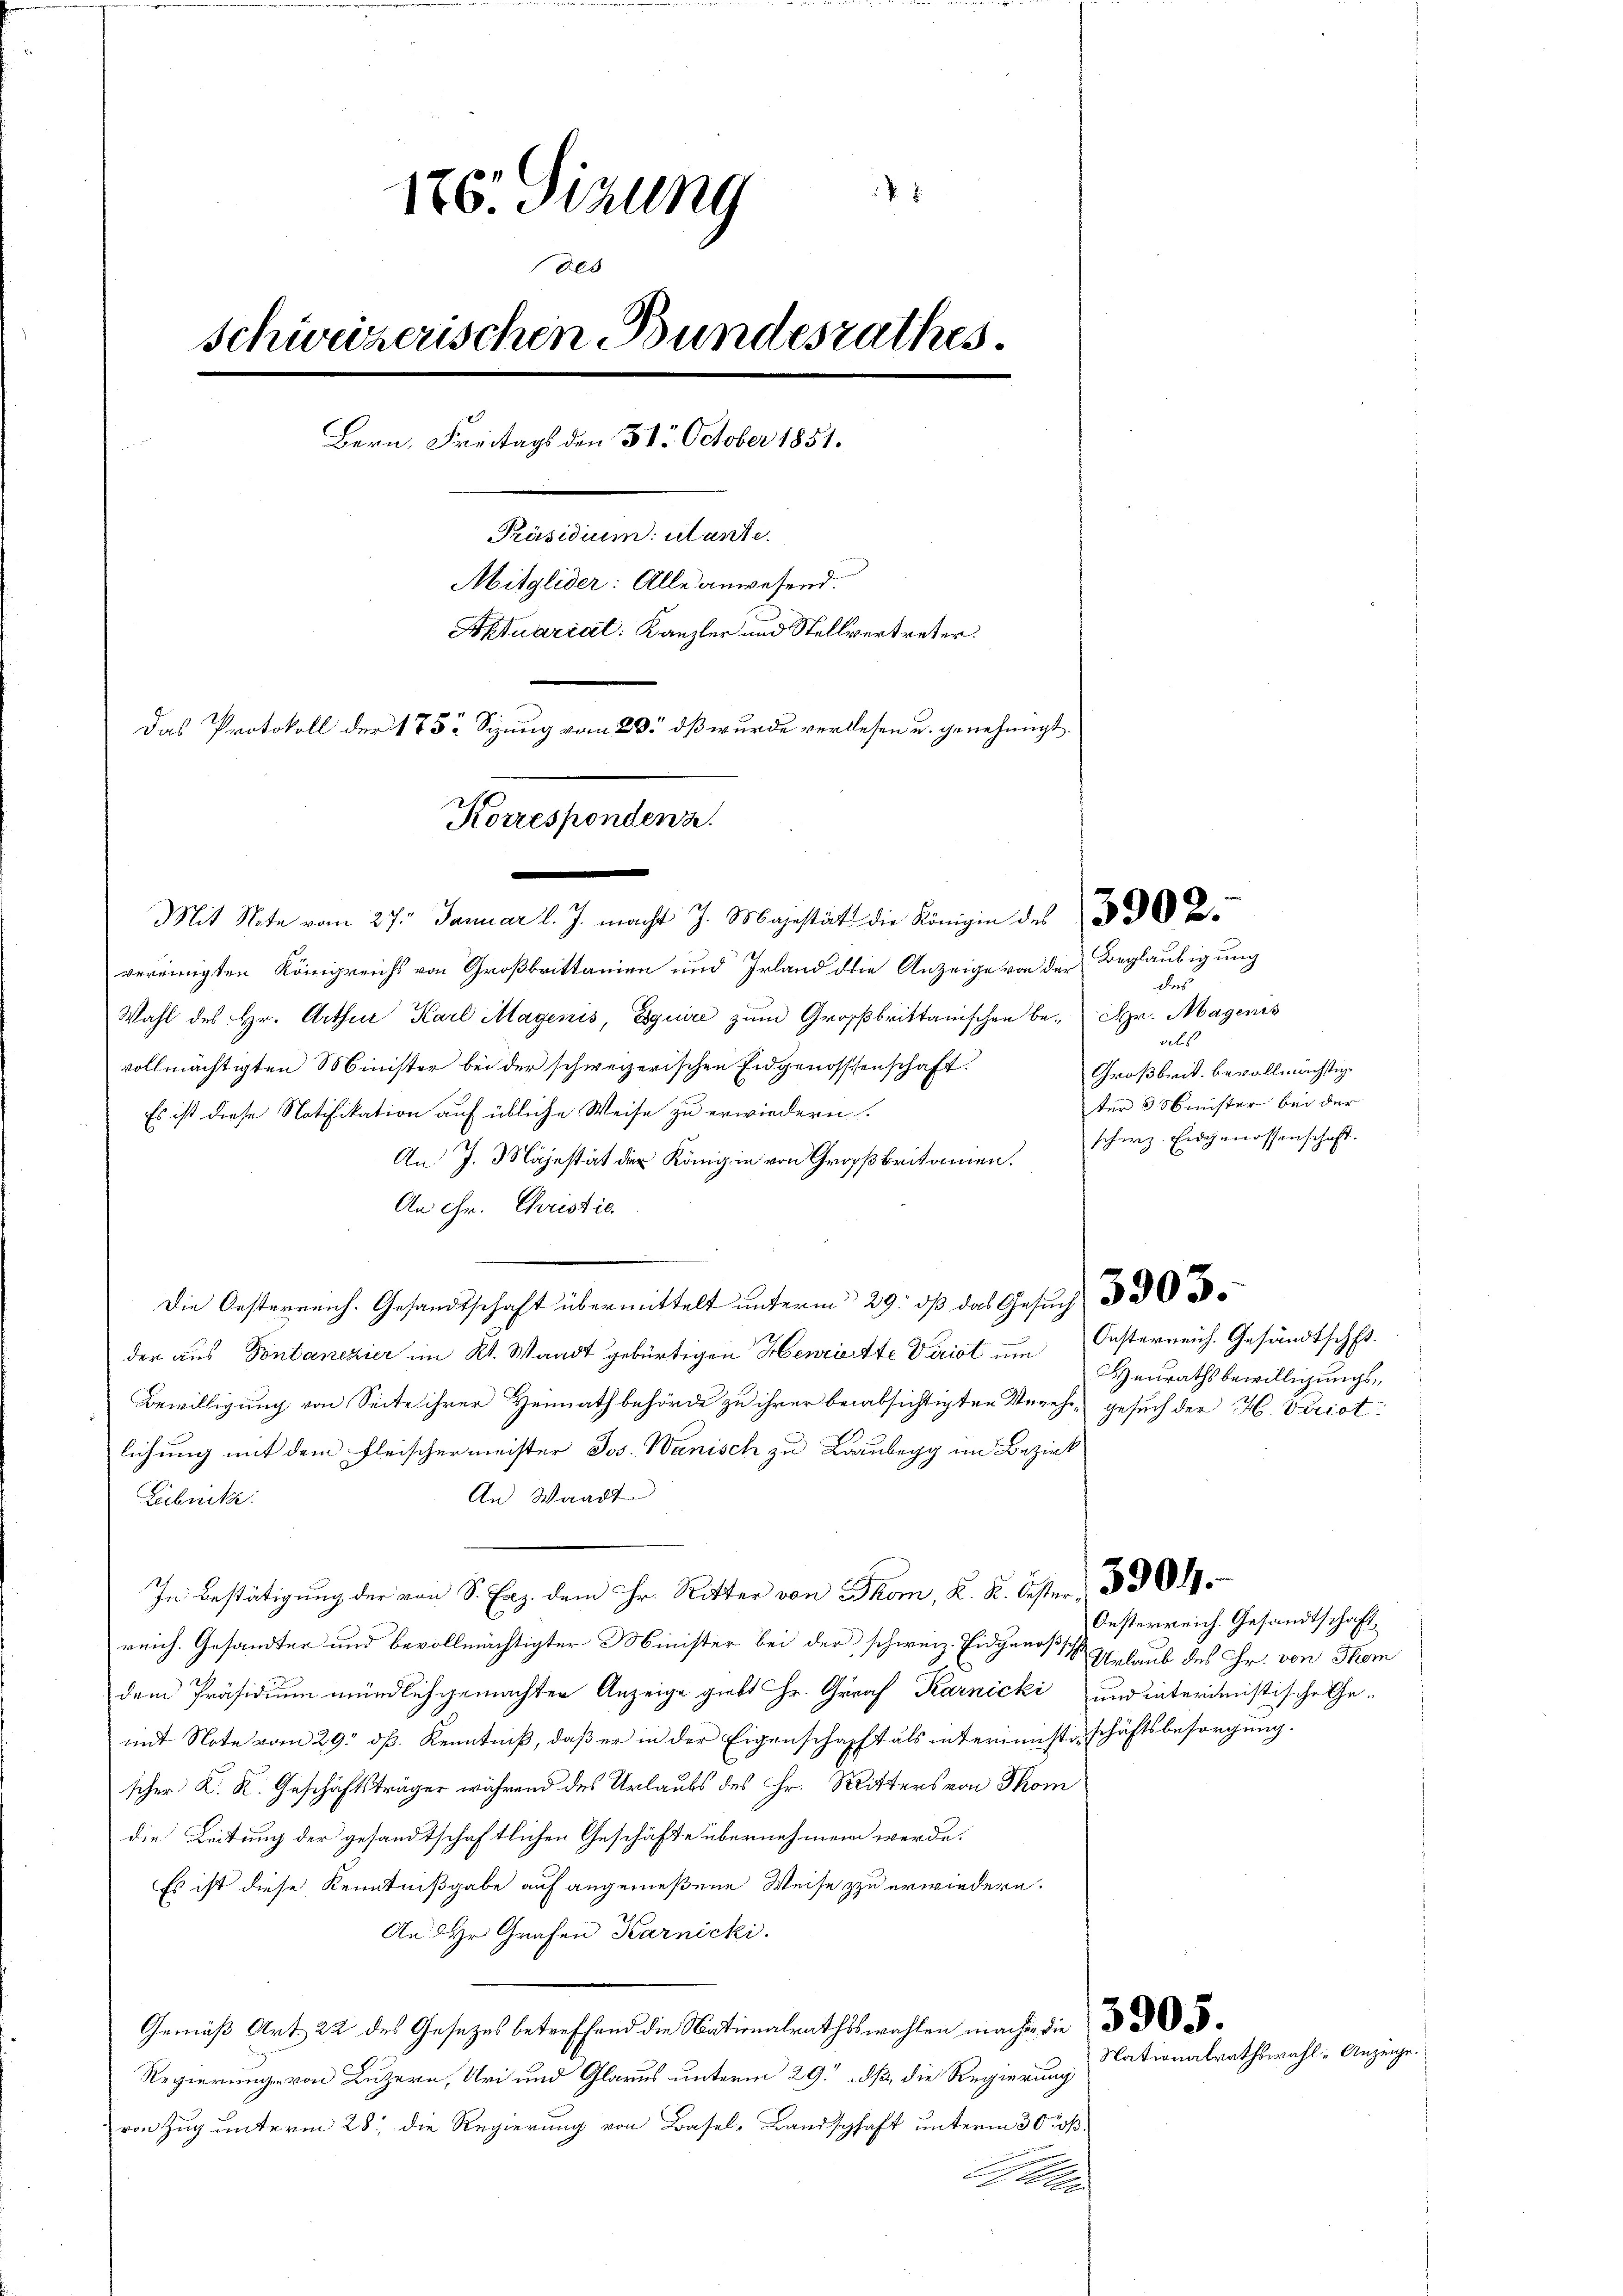
x
170. Sizung
des
schweizerischen Bundesrathes.
Bern. Freitags den 31. October 1851.
Aendenen laste
Mitglieder: Alle anwesend.
Aktuariat: Kanzler und Stellvertreter.
Das Protokoll der 1852 Sizung vom 20. dß wurde verlesen u. genehmigt
Monespondern
.

Mit Note vom 27. Januar l. J. macht J. Majestät die Königin des
vereinigten Königreichs von Großbrittanien und Irland die Anzeige von der
Wahl des Hr. Arthin Karl Magenis, Equire zum Großbrittanischen be- Hr. Magenis
vollmächtigten Minister bei der schweizerischen Eidgenossenschaft
Es ist diese Notifikation auf übliche Weise zu erwiedern
An J. Majestät der Königin von Großbritanien herz. Eidgenossenschaft.
An Hr. Christie
Die Oesterreich. Gesandtschaft übermittelt unterm 29. dβ das Gesuch
der aus Pontanezier im Kt. Waadt gebürtigen Henriette Virist um Oesterreich. Gesandtschft
Bewilligung von Seite ihrer Heimathbehörde zu ihrer beabsichtigter Verehe, gesuch der H. Vitriot
lichung mit dem Fleischermeister Jos. Wanisch zu Laubegg im Bezirk
An Waadt
Zibnitz.
In Bestätigung der von Sr. Er dem Hr. Ritter von Thom, K. K. Oester 330.
reich. Gesandter und bevollmächtigter Minister bei der schweiz. Eidgenoßs
dem Präsidium mündlich gemachten Anzeige giebt Hr. Graf Karnicki und interimistische Gemit Note vom 29. dß. Kenntniß, daß er in der Eigenschafft als interimistischäftsbesorgung.
scher K. K. Geschäftsträger während des Urlaubs des Hr. Ritters von Thom
die Leitung der gesandtschaftlichen Geschäfte übernehmen werde.
Es ist diese Kenntnißgabe auf angemeßene Weise zu erwiedern.
An Hr. Grafen Karnicki.
Gemäß Art. 22 des Gesetzes betreffend die Nationalrathswahlen machen die
Regierung von Luzern, Uri und Glarus unterm 29. dß die Regierung
von Zug unterm 28. die Regierung von Basel, Landschaft unterm 30. ß.

Beglaubigung
des
als
Großbrit. bevollmächtige
ter 5 Minister bei der

Heurathsbewilligungs¬

Oesterreich. Gesandtschaft
Urlaub des Hr. von Thom

Nationalrathswahl Anzeige.